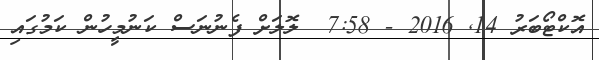
އޮކްޓޯބަރު 14